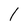
Character: I